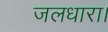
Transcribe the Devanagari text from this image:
जलधारा।